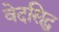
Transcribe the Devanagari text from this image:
वेदसिद्ध